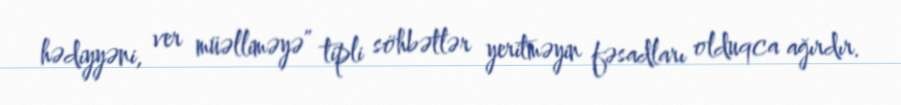
hədiyyəni, ver müəlliməyə” tipli söhbətlər yeritməyin fəsadları olduqca ağırdır.